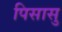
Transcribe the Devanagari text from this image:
पिसासु